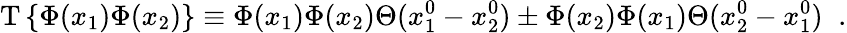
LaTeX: \mathrm{T}\, \{ \Phi(x_{1})\Phi(x_{2})\} \equiv\Phi(x_{1})\Phi(x_{2})\Theta(x_{1}^{0}-x_{2}^{0})\pm\Phi(x_{2})\Phi(x_{1})\Theta(x_{2}^{0}-x_{1}^{0})\; \; .